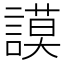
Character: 謨